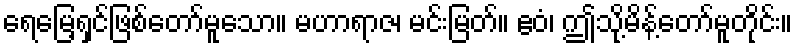
ရေမြေ့ရှင်ဖြစ်တော်မူသော။ မဟာရာဇ၊ မင်းမြတ်။ ဧဝံ၊ ဤသို့မိန့်တော်မူတိုင်း။